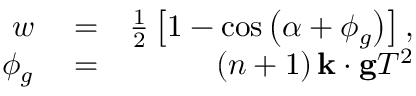
\begin{array} { r l r } { w } & { { } = } & { \frac { 1 } { 2 } \left[ 1 - \cos \left( \alpha + \phi _ { g } \right) \right] , } \\ { \phi _ { g } } & { { } = } & { \left( n + 1 \right) \mathbf { k } \cdot \mathbf { g } T ^ { 2 } } \end{array}